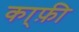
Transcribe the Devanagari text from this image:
का्फ़ी